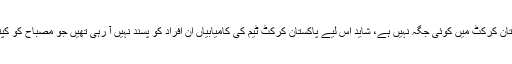
مصباح الحق جیسے ”سادے“ کپتان کی پاکستان کرکٹ میں کوئی جگہ نہیں ہے، شاید اس لیے پاکستان کرکٹ ٹیم کی کامیابیاں ان افراد کو پسند نہیں آ رہی تھیں جو مصباح کو کپتان کے روپ میں نہیں دیکھنا چاہتے تھے ۔